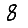
Digit: 8